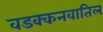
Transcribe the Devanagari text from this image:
वडक्कनवातिल